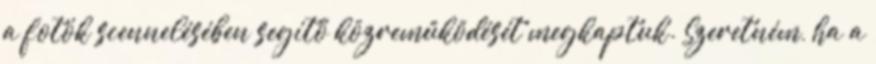
a fotók scennelésében segítő közreműködését megkaptuk. Szeretném, ha a